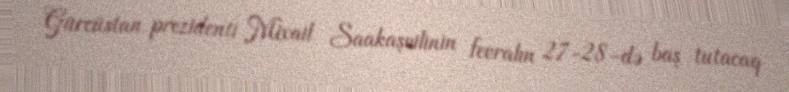
Gürcüstan prezidenti Mixail Saakaşvilinin fevralın 27-28-də baş tutacaq